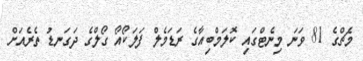
މެޗްގެ 81 ވަނަ މިނެޓްގައި ކޮލަމްބިއާގެ ރަޑަމެލް ފަލަކޯއޯ ގޯލްގެ ދަގަނޑު ތެރެއަށް